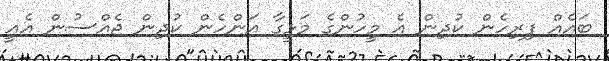
ބައެއް ފިރިހެން ކުދިން އެ މީހުންގެ މަޅީގާ އަންހެން ކުދިން ޖެއްސުން އެއީ